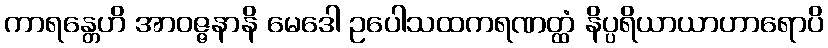
ကာရန္တေဟိ အာဝဇ္ဇနာနိ မေဒေါ ဥပေါသထကရဏတ္ထံ နိပ္ပရိယာယာဟာရောပိ